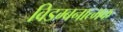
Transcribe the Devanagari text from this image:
विडम्बनात्मक